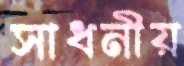
সাধনীয়